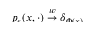
\smash { p _ { \varepsilon } ( x , \cdot ) \stackrel { w } { \to } \delta _ { \Phi ( x ) } }